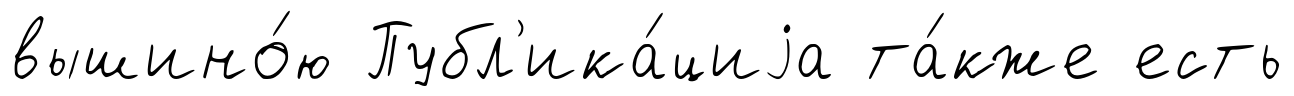
вышино́ю Публ'ика́циjа та́кже есть